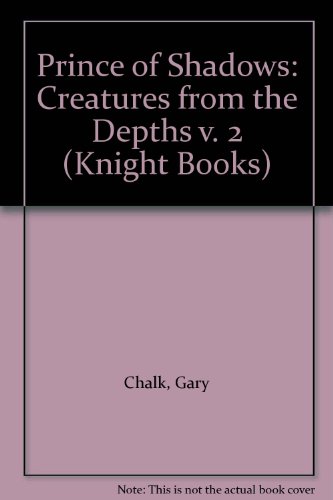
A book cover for Prince of Shadows: Creatures from the Depths v. 2 (Knight Books); Gary Chalk; Teen & Young Adult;